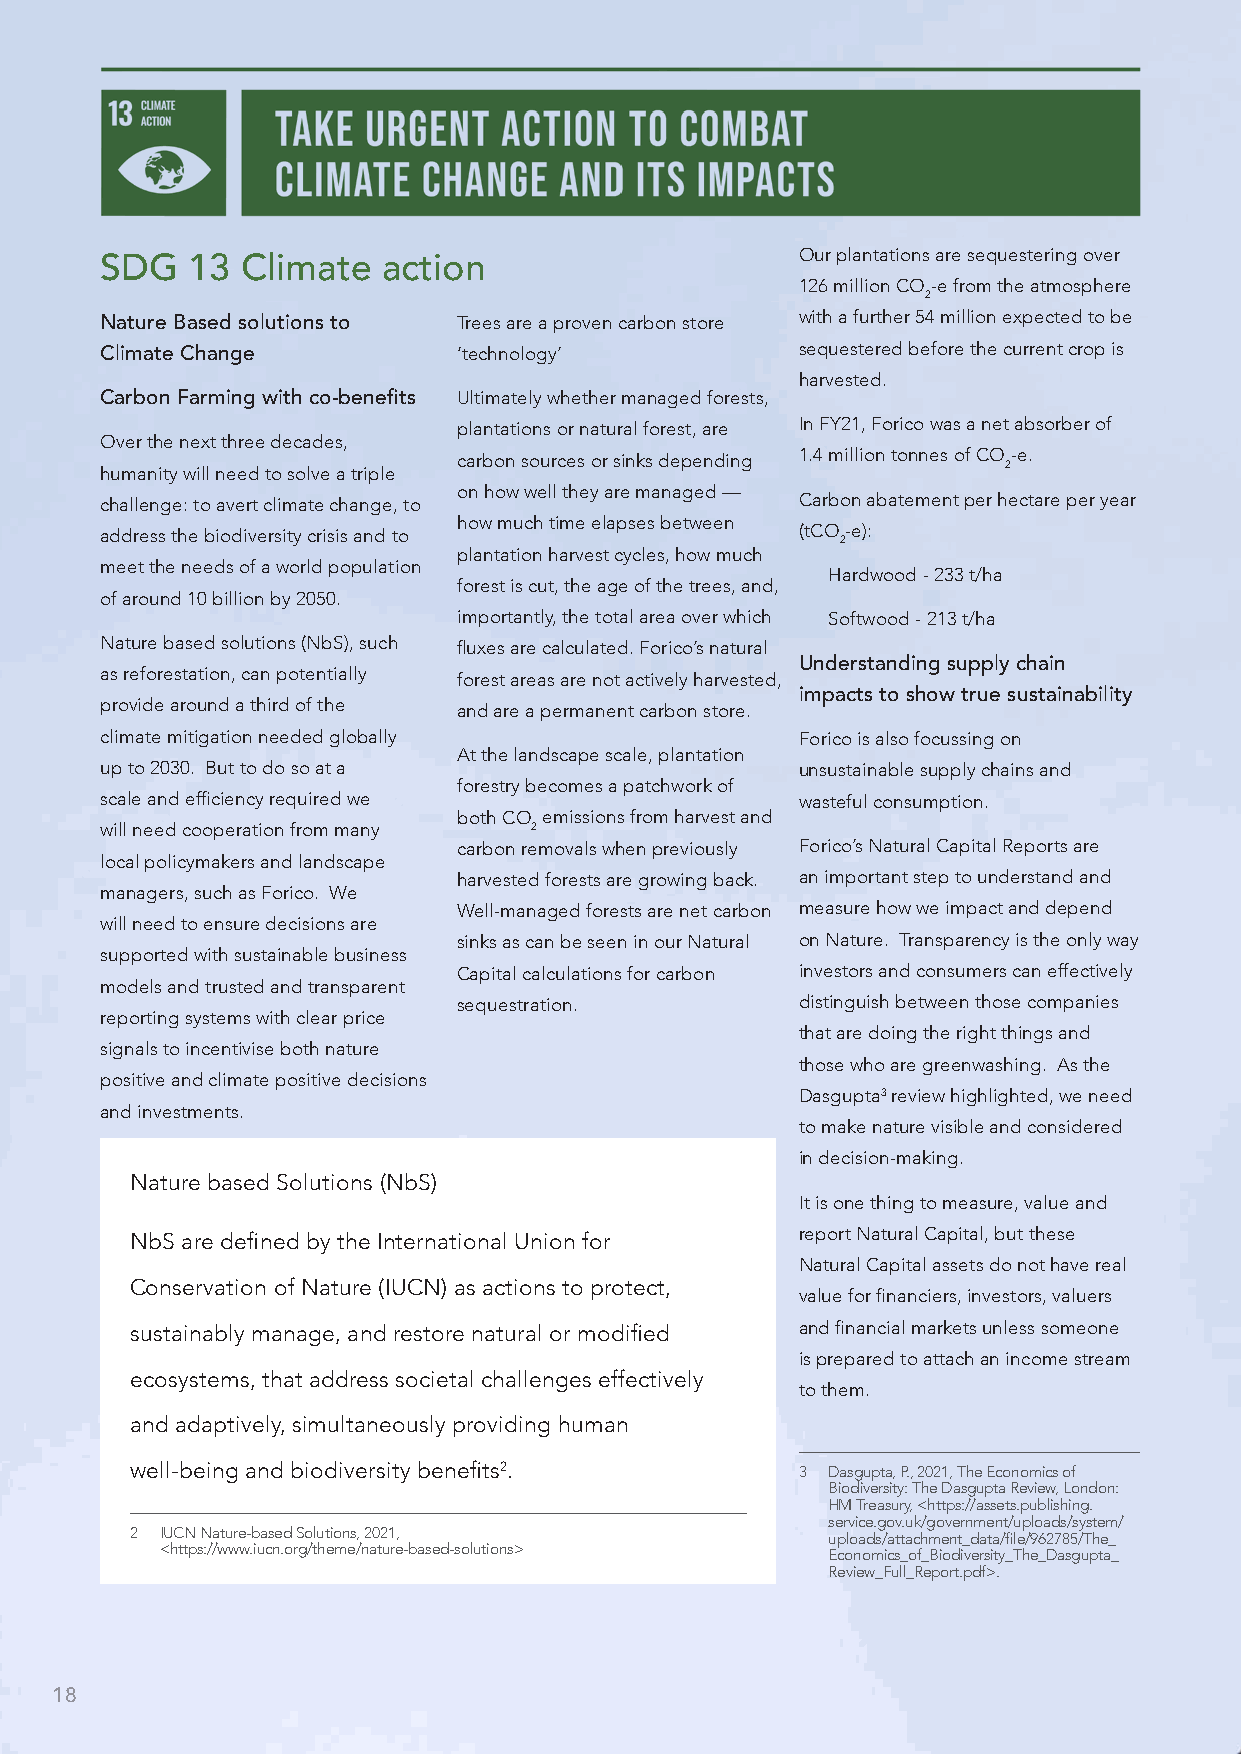
Our plantations are sequestering over
 SDG  13  Climate  action
 126 million CO-e from the atmosphere
 2
 Nature Based solutions to Trees are a proven carbon store with a further 54 million expected to be
 Climate Change         ‘technology’           sequestered before the current crop is
 harvested.
 Carbon Farming with co-benefits Ultimately whether managed forests,
 plantations or natural forest, are In FY21, Forico was a net absorber of
 Over the next three decades,
 carbon sources or sinks depending 1.4 million tonnes of CO-e.
 humanity will need to solve a triple                       2
 on how well they are managed —
 challenge: to avert climate change, to        Carbon abatement per hectare per year
 how much time elapses between
 address the biodiversity crisis and to        (tCO-e):
 2
 plantation harvest cycles, how much
 meet the needs of a world population
 Hardwood - 233 t/ha
 forest is cut, the age of the trees, and,
 of around 10 billion by 2050.
 importantly, the total area over which Softwood - 213 t/ha
 Nature based solutions (NbS), such fluxes are calculated. Forico’s natural
 Understanding supply chain
 as reforestation, can potentially forest areas are not actively harvested,
 impacts to show true sustainability
 provide around a third of the and are a permanent carbon store.
 climate mitigation needed globally            Forico is also focussing on
 At the landscape scale, plantation
 up to 2030. But to do so at a                 unsustainable supply chains and
 forestry becomes a patchwork of
 scale and efficiency required we              wasteful consumption.
 both CO emissions from harvest and
 will need cooperation from many 2
 carbon removals when previously Forico’s Natural Capital Reports are
 local policymakers and landscape
 harvested forests are growing back. an important step to understand and
 managers, such as Forico. We
 Well-managed forests are net carbon measure how we impact and depend
 will need to ensure decisions are
 sinks as can be seen in our Natural on Nature. Transparency is the only way
 supported with sustainable business
 Capital calculations for carbon investors and consumers can effectively
 models and trusted and transparent
 sequestration.         distinguish between those companies
 reporting systems with clear price
 that are doing the right things and
 signals to incentivise both nature
 those who are greenwashing. As the
 positive and climate positive decisions
 Dasgupta3 review highlighted, we need
 and investments.
 to make nature visible and considered
 in decision-making.
 Nature based Solutions (NbS)
 It is one thing to measure, value and
 NbS are defined by the International Union for report Natural Capital, but these
 Natural Capital assets do not have real
 Conservation of Nature (IUCN) as actions to protect,
 value for financiers, investors, valuers
 sustainably manage, and restore natural or modified and financial markets unless someone
 is prepared to attach an income stream
 ecosystems, that address societal challenges effectively
 to them.
 and adaptively, simultaneously providing human
 well-being and biodiversity benefits2.      3 D asgupta, P., 2021, The Economics of
 Biodiversity: The Dasgupta Review, London:
 HM Treasury, <https://assets.publishing.
 service.gov.uk/government/uploads/system/
 2 I UCN Nature-based Solutions, 2021,         uploads/attachment_data/file/962785/The_
 <https://www.iucn.org/theme/nature-based-solutions> Economics_of_Biodiversity_The_Dasgupta_
 Review_Full_Report.pdf>.
 18